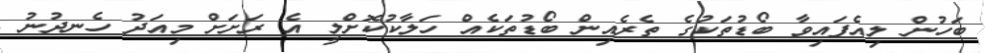
ބަހުން ލިއެފައިވާ ބޯޑުތަކުގެ ތެރެއިން ބޯޑުތަކެއް ހަލާކުކޮށްލީ އެ ރަށަށް މިއަދު ހެނދުނު